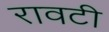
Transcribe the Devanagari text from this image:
रावटी